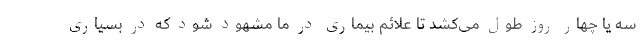
سه یا چهار روز طول می‌کشد تا علائم بیماری در ما مشهود شود که در بسیاری